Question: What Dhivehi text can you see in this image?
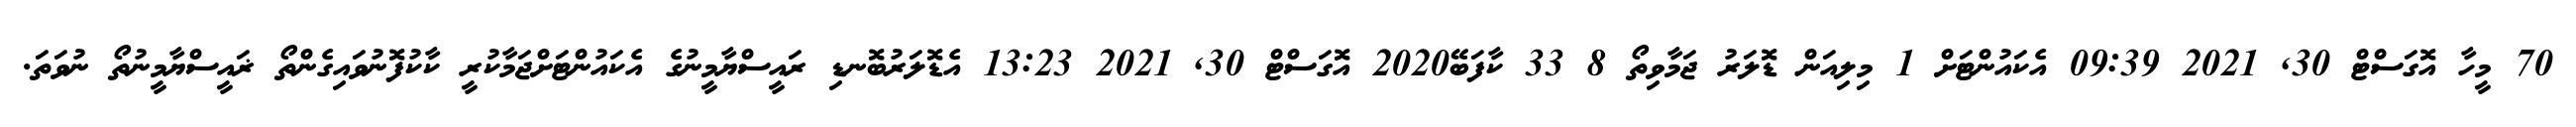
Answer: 70 މީހާ އޮގަސްޓް 30, 2021 09:39 އެކައުންޓަށް 1 މިލިއަން ޑޮލަރު ޖަމާވިތޯ 8 33 ކާފަބޭ2020 އޮގަސްޓް 30, 2021 13:23 އެޑޮލަރުބޮނޑި ރައީސްޔާމީނުގެ އެކައުންޓަށްޖަމާކުރީ ކާކުފޮނުވައިގެންތޯ ޜައީސްޔާމީނުތޯ ނުވަތަ.